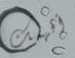
أفهمك